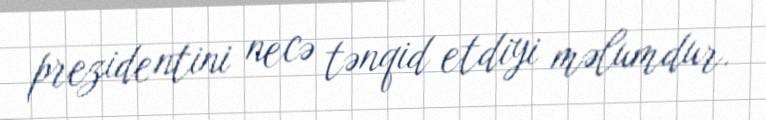
prezidentini necə tənqid etdiyi məlumdur.